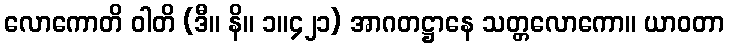
လောကောတိ ဝါတိ (ဒီ။ နိ။ ၁။၄၂၁) အာဂတဋ္ဌာနေ သတ္တလောကော။ ယာဝတာ